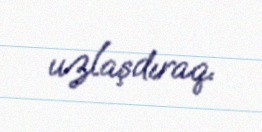
uzlaşdıraq.